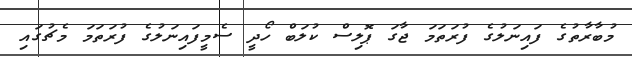
މުބާރާތުގެ ފައިނަލުގެ ފުރަތަމަ ޖާގަ ޕޮލިސް ކުލަބް ހޯދީ ސެމީފައިނަލުގެ ފުރަތަމަ މެޗުގައި